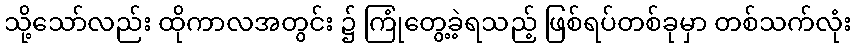
သို့သော်လည်း ထိုကာလအတွင်း ၌ ကြုံတွေ့ခဲ့ရသည့် ဖြစ်ရပ်တစ်ခုမှာ တစ်သက်လုံး